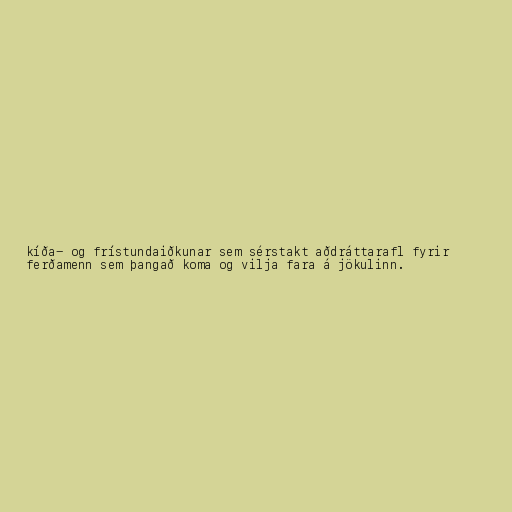
kíða- og frístundaiðkunar sem sérstakt aðdráttarafl fyrir
ferðamenn sem þangað koma og vilja fara á jökulinn.